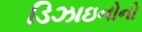
ડિઝાઇનોનો